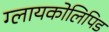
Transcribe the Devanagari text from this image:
ग्लायकोलिपिड